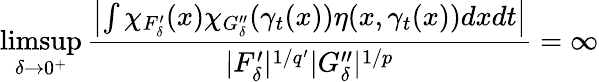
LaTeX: \operatorname*{limsup}_{\delta\rightarrow 0^{+}}\frac{\left|\int\chi_{F_{\delta}^{\prime}}(x)\chi_{G_{\delta}^{\prime\prime}}(\gamma_{t}(x))\eta(x,\gamma_{t}(x))dxdt\right|}{|F_{\delta}^{\prime}|^{1/q^{\prime}}|G_{\delta}^{\prime\prime}|^{1/p}}=\infty